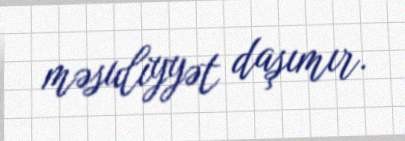
məsuliyyət daşımır.